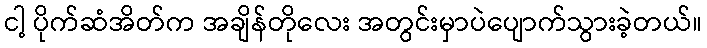
ငါ့ ပိုက်ဆံအိတ်က အချိန်တိုလေး အတွင်းမှာပဲပျောက်သွားခဲ့တယ်။